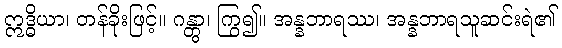
ဣဒ္ဓိယာ၊ တန်ခိုးဖြင့်။ ဂန္တွာ၊ ကြွ၍။ အန္နဘာရဿ၊ အန္နဘာရသူဆင်းရဲ၏